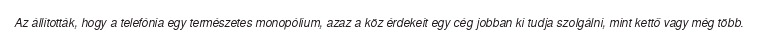
Az állították, hogy a telefónia egy természetes monopólium, azaz a köz érdekeit egy cég jobban ki tudja szolgálni, mint kettő vagy még több.